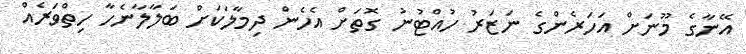
އޭނާގެ މޫނަށް އަހަރެންގެ ނަޒަރު ހުއްޓުނު ގޮތަށް އެހެން ދިމާލަކަށް ބަލާލާނެހާ ހިތްވަރެއް